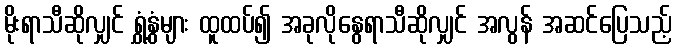
မိုးရာသီဆိုလျှင် ရွှံ့နွံများ ထူထပ်၍ အခုလိုနွေရာသီဆိုလျှင် အလွန် အဆင်ပြေသည့်